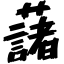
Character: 藷